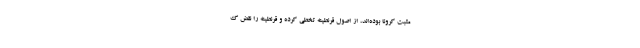
مثبت کرونا بوده‌اند، از اصول قرنطینه تخطی کرده و قرنطینه را نقض ک